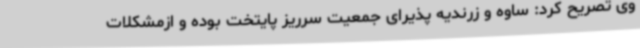
وی تصریح کرد: ساوه و زرندیه پذیرای جمعیت سرریز پایتخت بوده و ازمشکلات